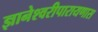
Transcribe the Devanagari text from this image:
ज्ञानेश्वरीपारायणास